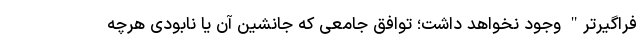
فراگیرتر" وجود نخواهد داشت؛ توافق جامعی که جانشین آن یا نابودی هرچه